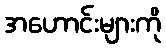
အဟောင်းများကို